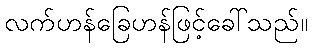
လက်ဟန်ခြေဟန်ဖြင့်ခေါ်သည်။